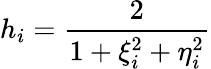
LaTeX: h_{i}=\frac{2}{1+\xi_{i}^{2}+\eta_{i}^{2}}